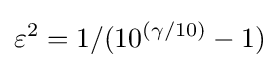
\varepsilon ^{2}=1/(10^{(\gamma /10)}-1)